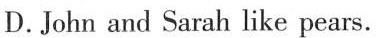
D. John and Sarah like pears.